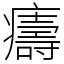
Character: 㿒